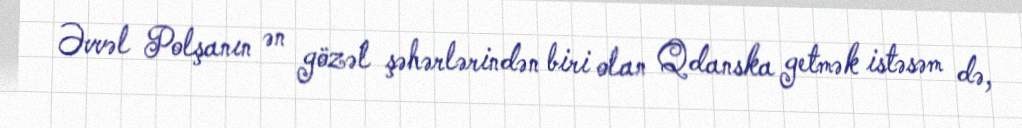
Əvvəl Polşanın ən gözəl şəhərlərindən biri olan Qdanska getmək istəsəm də,